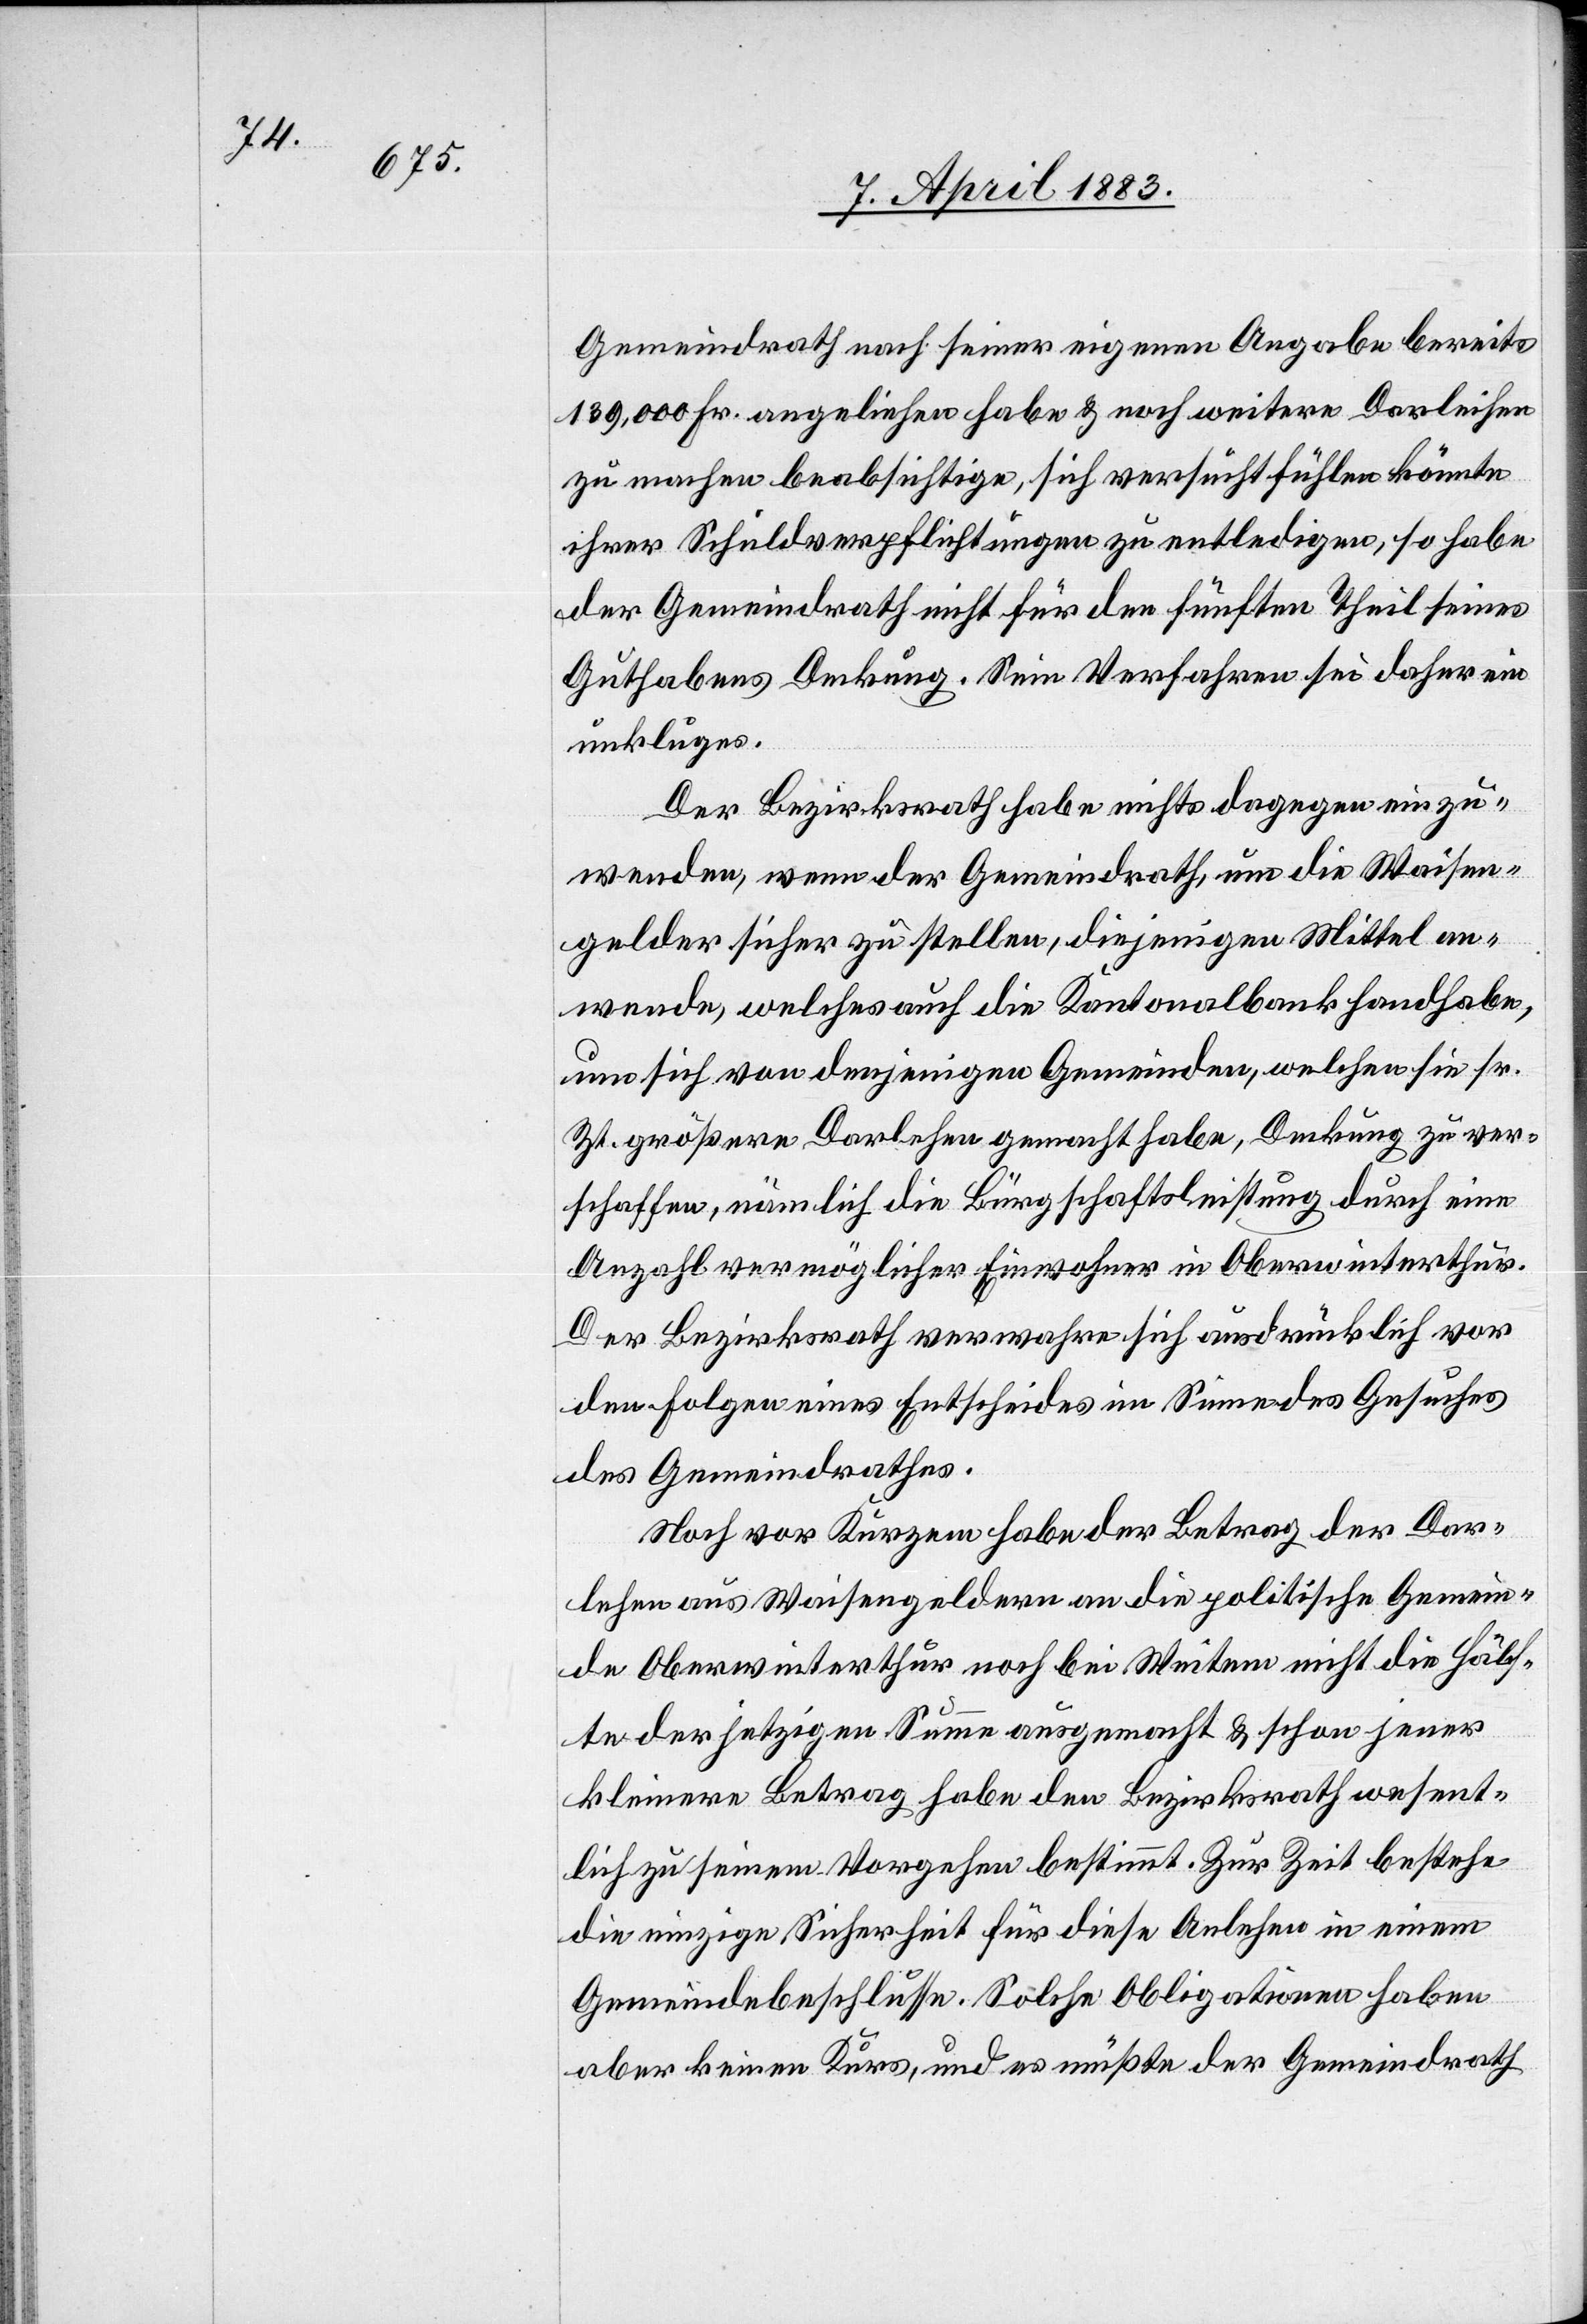
Gemeindrath nach seiner eigenen Angabe bereits
139,000 Fr. angeliehen habe & noch weitere Darleihen
zu machen beabsichtige, sich versucht fühlen könnte
ihrer Schuldverpflichtungen zu entledigen, so habe
der Gemeindrath nicht für den fünften Theil seines
Guthabens Deckung. Sein Verfahren sei daher ein
unkluges.
Der Bezirksrath habe nichts dagegen einzu¬
wenden, wenn der Gemeindrath, um die Waisen¬
gelder sicher zu stellen, diejenigen Mittel an¬
wende, welches auch die Kantonalbank handhabe,
um sich von denjenigen Gemeinden, welche sie sr.
Zt. größere Darlehen gemacht habe, Deckung zu ver¬
schaffen, nämlich die Bürgschaftsleistung durch eine
Anzahl vermöglicher Einwohner in Oberwinterthur.
Der Bezirksrath verwahre sich ausdrücklich vor
den Folgen eines Entscheides im Sinne des Gesuches
des Gemeindrathes.
Noch vor kurzem habe der Betrag der Dar¬
lehen aus Waisengeldern an die politische Gemein¬
de Oberwinterthur noch bei weitem nicht die Hälf¬
te der jetzigen Summe ausgemacht & schon jener
kleinere Betrag habe den Bezirksrath wesent¬
lich zu seinem Vorgehen bestimmt. Zur Zeit bestehe
die einzige Sicherheit für diese Anlehen in einem
Gemeindebeschlusse. Solche Obligationen haben
aber keinen Kurs, und es müßte der Gemeindrath